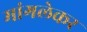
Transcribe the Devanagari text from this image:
मांगलेकर